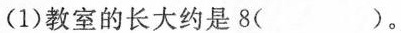
(1)教室的长大约是8( )。